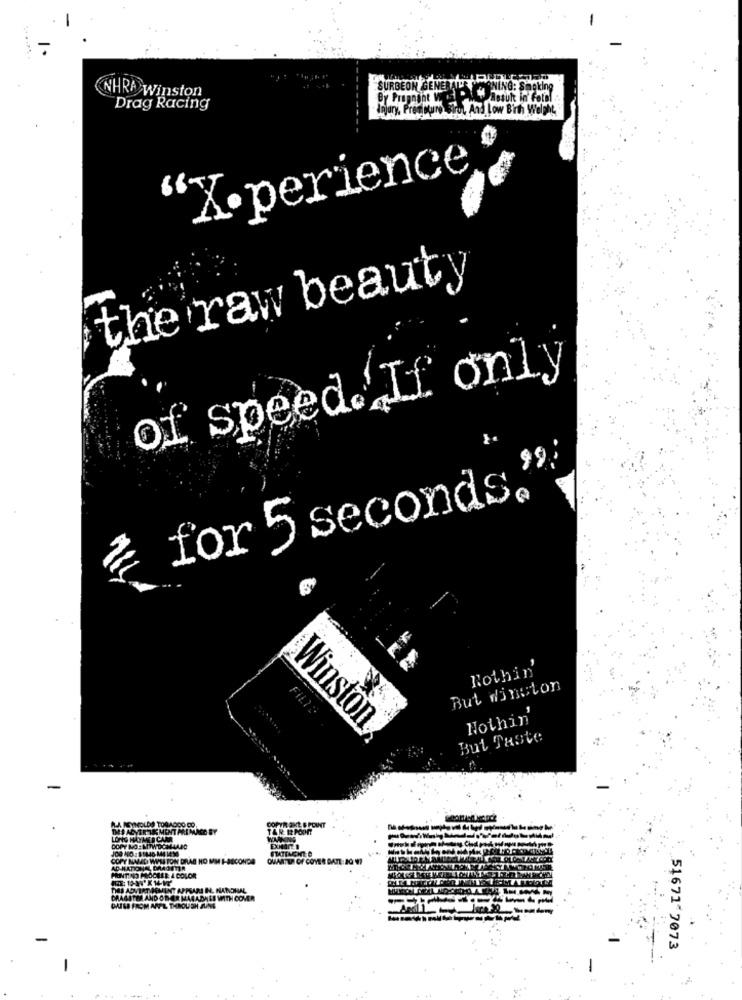
SURGEON GENERALLY
NHRA Winston
Drag Racing
Injury, Pressure Sirot And Low Birth Weight
'X·perience
the raw beauty
of speed.If only
for 5 seconds."
Nothin'
But Winston
FILTE
Nothin'
Winston
But Taste
.Pour
LONG WAYMER CAMR
COPY NO: MTWTCHLADO
STATING
COPY NAND WIS TON DRAG NO MM F-SECONDA
NA DAAOmR
POINTING MOCIER & COLOR
DES ADVERTIDOMINT APPSARI IN. NAROHAL
DRAGSTER AND OTHER MAGABASS WITH COVER
CRISE FROM ANL THROUGH AUNE
51671 7073